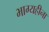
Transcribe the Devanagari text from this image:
भाग्यहीना